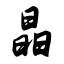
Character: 晶